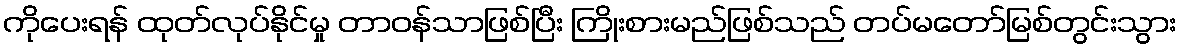
ကိုပေးရန် ထုတ်လုပ်နိုင်မှု တာဝန်သာဖြစ်ပြီး ကြိုးစားမည်ဖြစ်သည် တပ်မတော်မြစ်တွင်းသွား